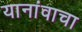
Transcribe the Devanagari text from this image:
यानांवाचा